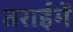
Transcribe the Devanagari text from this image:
तराईमें